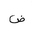
Letter: _dad